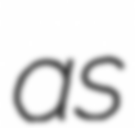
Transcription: as